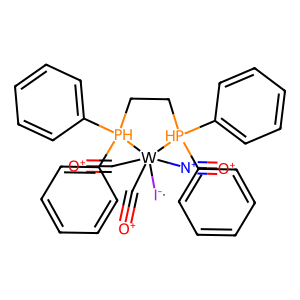
SMILES: [O+]#C[W]1([I-])(C#[O+])([N+]#[O+])[PH](c2ccccc2)(c2ccccc2)CC[PH]1(c1ccccc1)c1ccccc1
Inhibits HIV replication: No